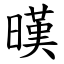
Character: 暵